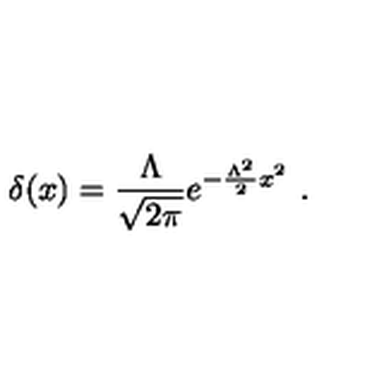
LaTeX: \delta ( x ) = \frac { \Lambda } { \sqrt { 2 \pi } } e ^ { - \frac { \Lambda ^ { 2 } } { 2 } x ^ { 2 } } \ .